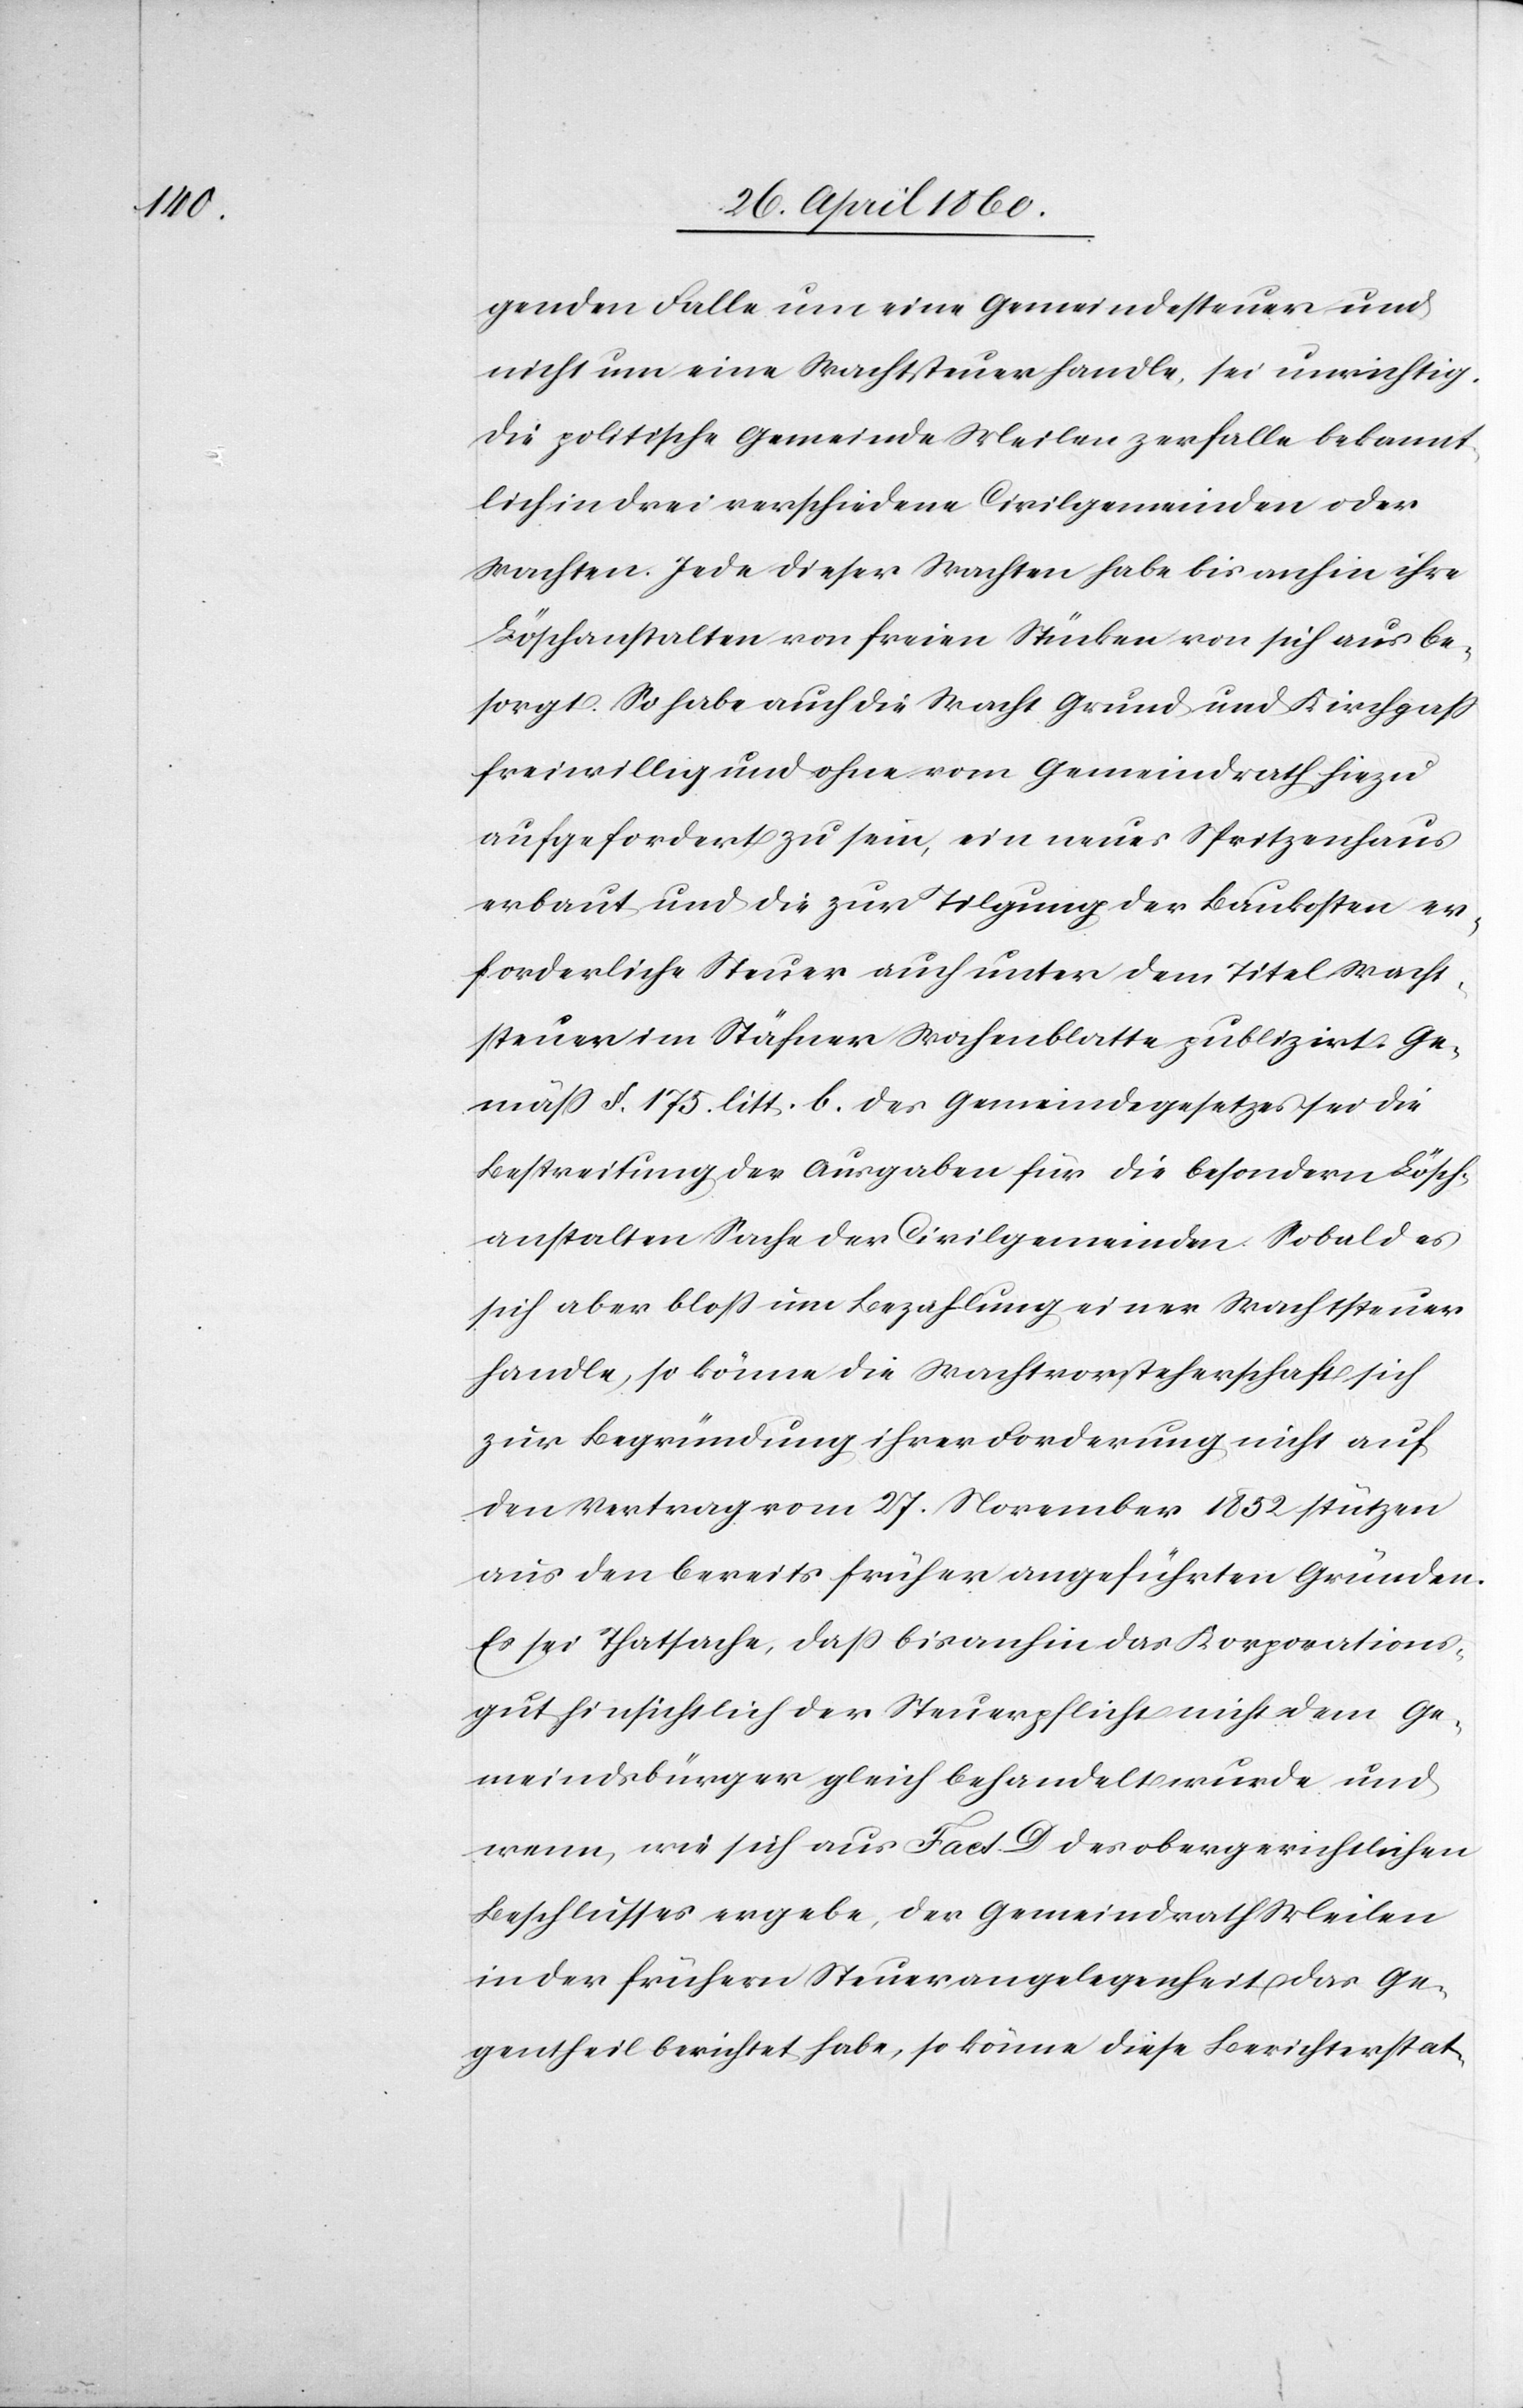
genden Falle um eine Gemeindesteuer und
nicht um eine Wachtsteuer handle, sei unrichtig.
Die politische Gemeinde Meilen zerfalle bekannt¬
lich in drei verschiedene Civilgemeinden oder
Wachten. Jede dieser Wachten habe bis anhin ihre
Löschanstalten von freien Stücken von sich aus be¬
sorgt. So habe auch die Wacht Grund und Kirchgass
freiwillig und ohne vom Gemeindrath hiezu
aufgefordert zu sein, ein neues Spritzenhause
erbaut und die zur Tilgung der Baukosten er¬
forderliche Steuer auch unter dem Titel Wacht¬
steuer im Stäfner Wochenblatte publizirt. Ge¬
mäss §. 175. litt. b. des Gemeindegesetzes sei die
Bestreitung der Ausgaben für die besondern Lösch¬
anstalten Sache der Civilgemeinden. Sobald es
sich aber bloss um Bezahlung einer Wachtsteuer
handle, so könne die Wachtvorsteherschaft sich
zur Begründung ihrer Forderung nicht auf
den Vertrag vom 27. November 1852 stützen
aus den bereits früher angeführten Gründen.
Es sei Thatsache, dass bisanhin das Korporations¬
gut hinsichtlich der Steuerpflicht nicht dem Ge¬
meindsbürger gleich behandelt wurde und
wenn, wie sich aus Fact. D. des obergerichtlichen
Beschlusses ergebe, der Gemeindrath Meilen
in der frühern Steuerangelegenheit das Ge¬
gentheil berichtet habe, so könne diese Berichterstat-